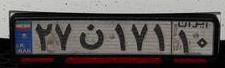
۲۷ن۱۷۱۱۰